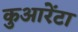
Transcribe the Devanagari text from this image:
कुआरेंटा